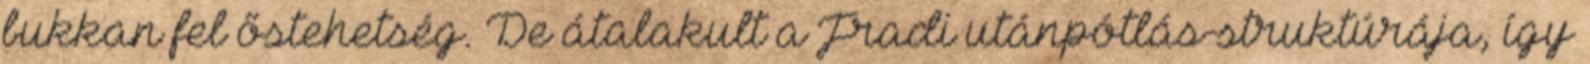
bukkan fel őstehetség. De átalakult a Fradi utánpótlás-struktúrája, így